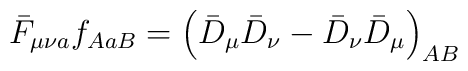
\bar{F}_{\mu\nu a}f_{AaB}=\left(\bar{D}_\mu\bar{D}_\nu-\bar{D}_\nu	\bar{D}_\mu\right)_{AB}